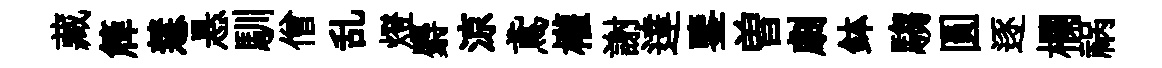
藏簰慧悬馴僧乱燈麝涼鳶權謝達鑒曽劇鉢騶圓逐欄祸